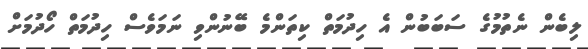
ލިބެން ނެތުމުގެ ސަބަބުން އެ ހިދުމަތް ކިތަންމެ ބޭނުންވި ނަމަވެސް ހިދުމަތް ހޯދުމަށް